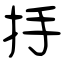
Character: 抙